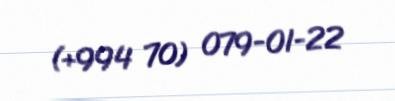
(+994 70) 079-01-22